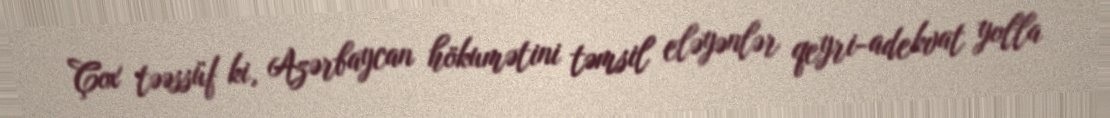
Çox təəssüf ki, Azərbaycan hökumətini təmsil eləyənlər qeyri-adekvat yolla